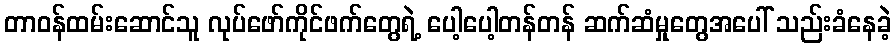
တာဝန်ထမ်းဆောင်သူ လုပ်ဖော်ကိုင်ဖက်တွေရဲ့ ပေါ့ပေါ့တန်တန် ဆက်ဆံမှုတွေအပေါ် သည်းခံနေခဲ့